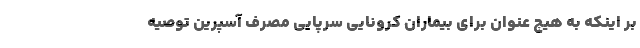
بر اینکه به هیچ عنوان برای بیماران کرونایی سرپایی مصرف آسپرین توصیه